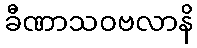
ခီဏာသဝဗလာနိ